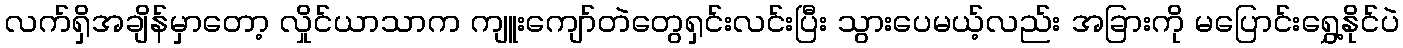
လက်ရှိအချိန်မှာတော့ လှိုင်ယာသာက ကျူးကျော်တဲတွေရှင်းလင်းပြီး သွားပေမယ့်လည်း အခြားကို မပြောင်းရွှေ့နိုင်ပဲ